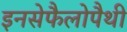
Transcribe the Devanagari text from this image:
इनसेफैलोपैथी